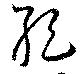
絶